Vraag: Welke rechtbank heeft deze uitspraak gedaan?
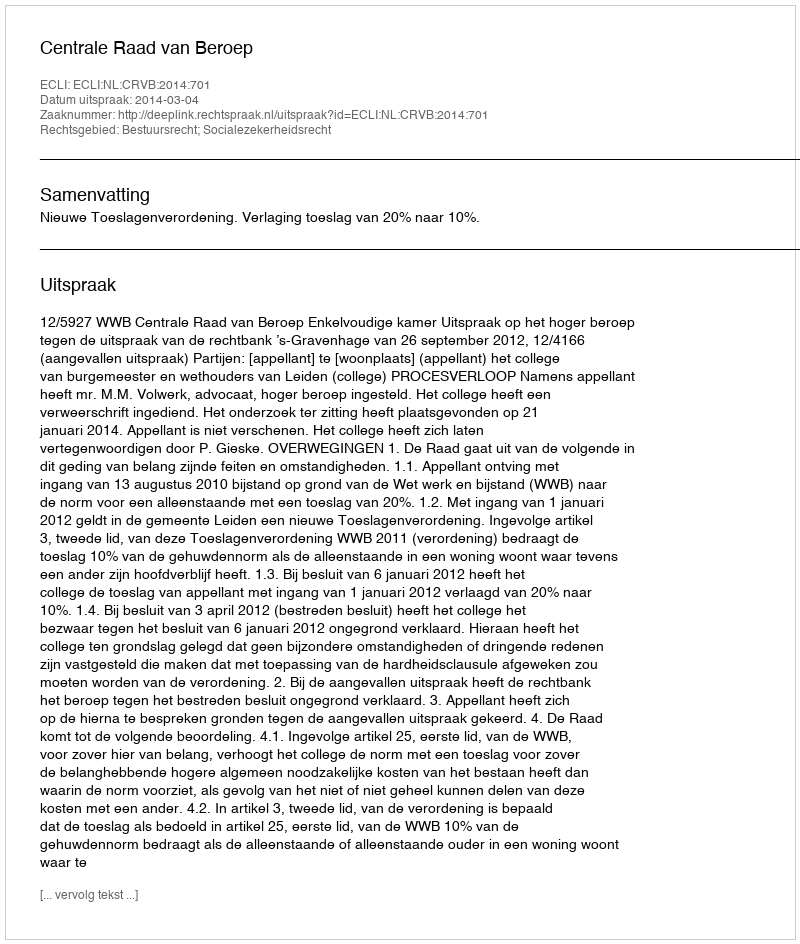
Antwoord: Centrale Raad van Beroep